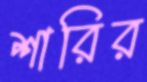
শারির